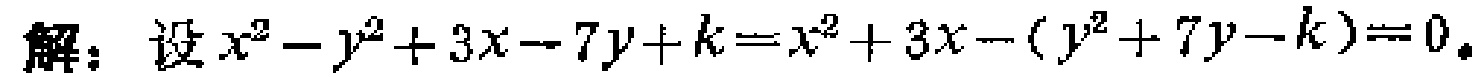
解：设\(x^{2}-y^{2}+3x - 7y + k=x^{2}+3x-(y^{2}+7y - k)=0\)。